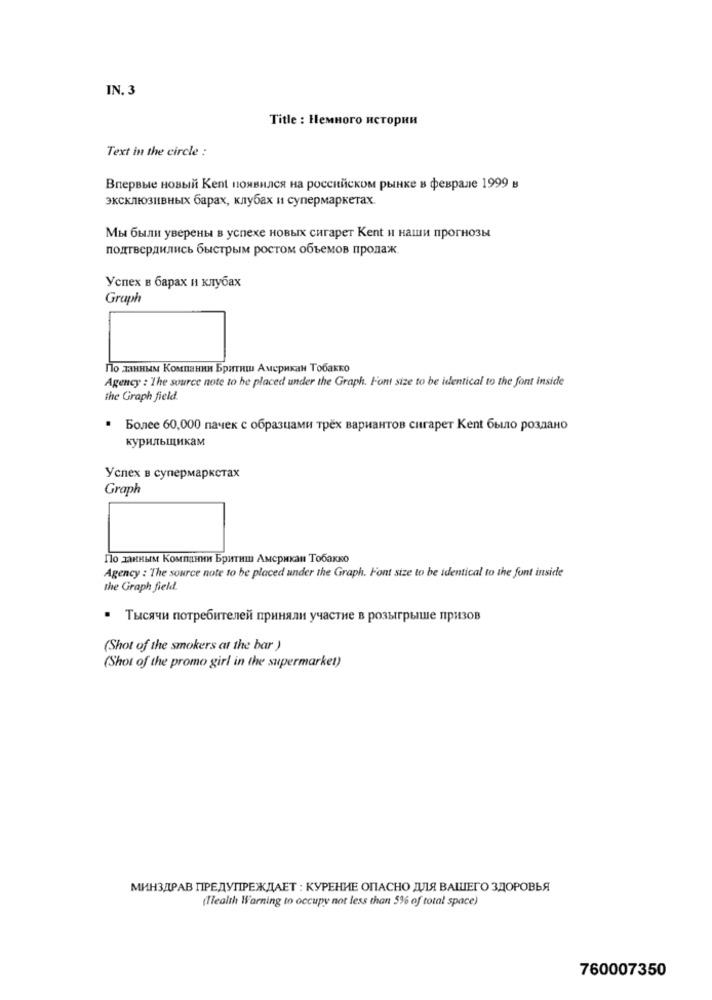
IN. 3
Title : Heмного истории
Text in the circle :
Впервые новый Kent появился на российском рынке в феврале 1999 в
эксклюзивных барах, клубах и супермаркетах.
Мы были уверены в успехе новых сигарет Kent и наши прогнозы
подтвердились быстрым ростом объемов продаж
Успех в барах и клубах
Graph
По данным Компании Бритиш Американ Тобакко
Agency : The source note to be placed under the Graph. Font size to be identical to the font inside
the Graph field.
Более 60,000 пачек с образцами трёх вариантов сигарет Kent было роздано
курильщикам
Успех в супермаркетах
Graph
По данным Компании Бритиш Американ Тобакко
Agency : The source note to be placed under the Graph. Font size to be identical to the font inside
the Graph field.
* Тысячи потребителей приняли участие в розыгрыше призов
(Shot of the smokers at the bar )
(Shot of the promo girl in the supermarket)
МИНЗДРАВ ПРЕДУПРЕЖДАЕТ : КУРЕНИЕ ОПАСНО ДЛЯ ВАШЕГО ЗДОРОВЬЯ
(Tlealth Warning to occupy not less than 5% of total space)
760007350